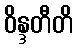
ဝိန္ဒတီတိ